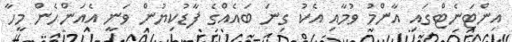
އިންޓަނެޓްގައި އާންމު ވުމާއި އެކު ގިނަ ބައެއްގެ ފާޑުކިޔުން ވަނީ އެއަންހެން މީހާ